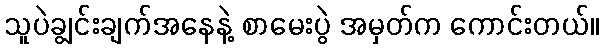
သူပဲချွင်းချက်အနေနဲ့ စာမေးပွဲ အမှတ်က ကောင်းတယ်။